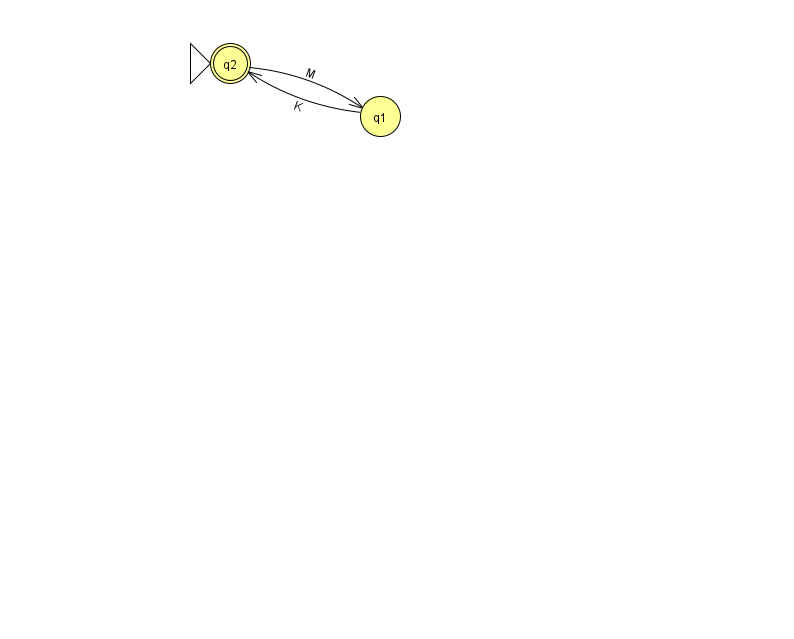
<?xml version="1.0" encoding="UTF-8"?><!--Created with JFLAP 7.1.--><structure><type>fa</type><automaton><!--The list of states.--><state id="1" name="q1"><x>380.0</x><y>103.0</y></state><state id="2" name="q2"><x>230.0</x><y>50.0</y><initial/><final/></state><!--The list of transitions.--><transition><from>2</from><to>1</to><read>M</read></transition><transition><from>1</from><to>2</to><read>K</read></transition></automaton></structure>